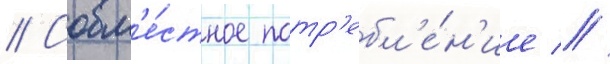
// Совм'е́стное потр'ебл'е́н'ие //